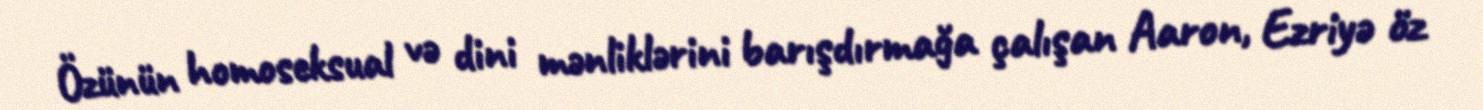
Özünün homoseksual və dini mənliklərini barışdırmağa çalışan Aaron, Ezriyə öz